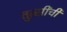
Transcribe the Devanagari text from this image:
तुत्‍सींची